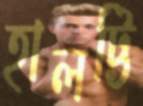
হালট্টি